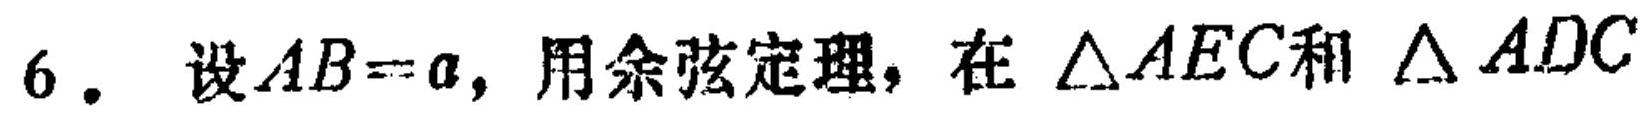
6. 设\(AB = a\)，用余弦定理，在\(\triangle AEC\)和\(\triangle ADC\)